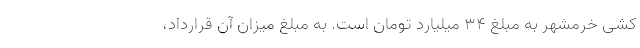
کشی خرمشهر به مبلغ ۳۴ میلیارد تومان است. به مبلغ میزان آن قرارداد،